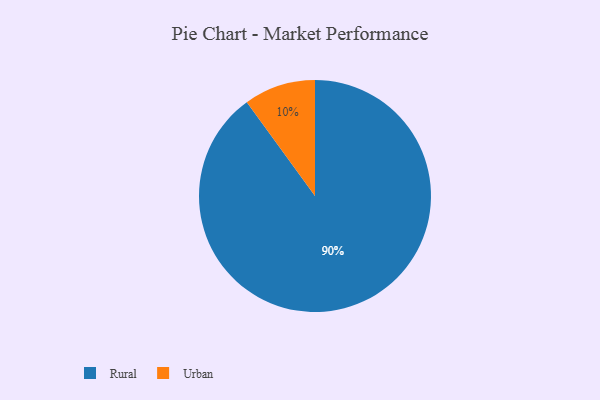
{"axis": {"x": "Category", "y": "Percentage"}, "legend": ["Rural", "Urban"], "data": [{"x": "Urban", "y": 10, "type": "Urban"}, {"x": "Rural", "y": 90, "type": "Rural"}]}